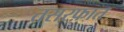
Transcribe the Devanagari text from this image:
तसरफ़ात